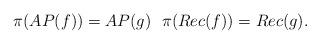
LaTeX: \begin{align*} \pi(AP(f))=AP(g)~~\pi(Rec(f))=Rec(g).\end{align*}